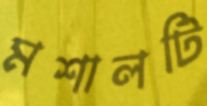
মশালটি